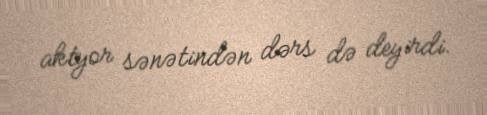
aktyor sənətindən dərs də deyirdi.